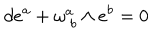
d e ^ { a } + \omega _ { \ b } ^ { a } \wedge e ^ { b } = 0